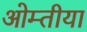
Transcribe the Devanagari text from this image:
ओम्तीया